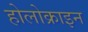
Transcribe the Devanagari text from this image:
होलोक्राइन